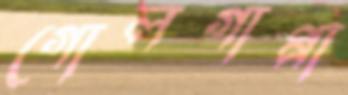
গোলগাপ্পা